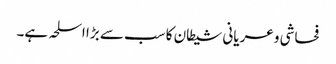
فحاشی و عریانی شیطان کا سب سے بڑا اسلحہ ہے۔